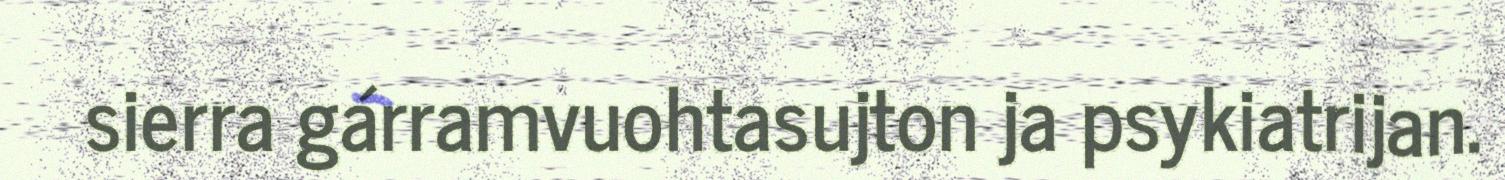
sierra gárramvuohtasujton ja psykiatrijan.